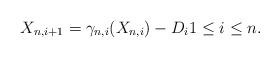
LaTeX: \begin{align*}X_{n,i+1} = \gamma_{n,i}(X_{n,i}) - D_i 1 \leq i \leq n.\end{align*}